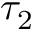
\tau _ { 2 }